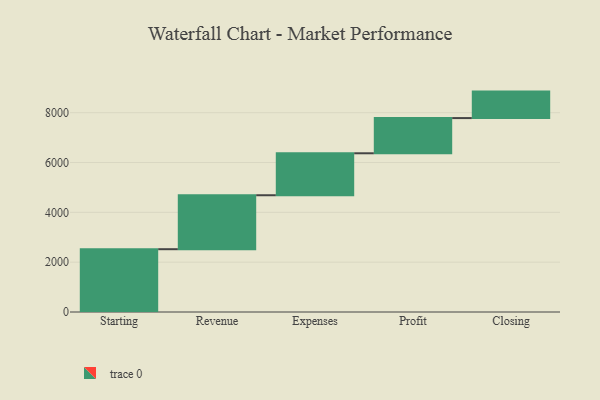
{"axis": {"x": "Step", "y": "Value"}, "legend": [""], "data": [{"x": "Starting", "y": 2521.0, "type": ""}, {"x": "Revenue", "y": 2166.0, "type": ""}, {"x": "Expenses", "y": 1684.0, "type": ""}, {"x": "Profit", "y": 1413.0, "type": ""}, {"x": "Closing", "y": 1063.0, "type": ""}]}